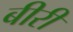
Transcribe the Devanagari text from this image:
बीरी